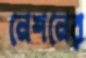
নেশনের